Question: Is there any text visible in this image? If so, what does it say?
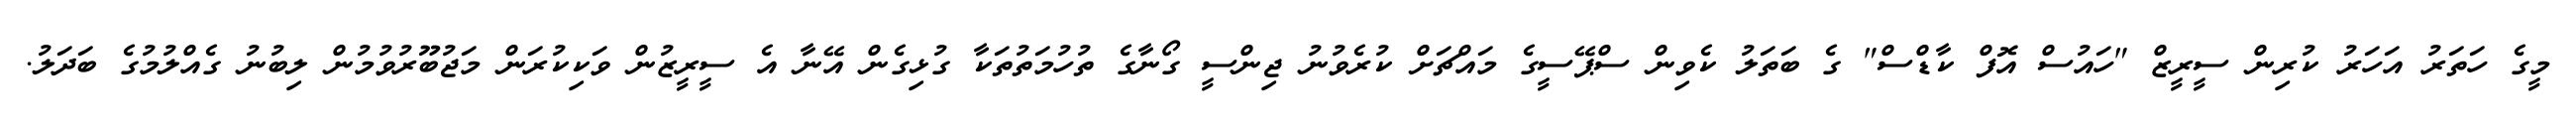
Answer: މީގެ ހަތަރު އަހަރު ކުރިން ސީރީޒް "ހައުސް އޮފް ކާޑްސް" ގެ ބަތަލު ކެވިން ސްޕޭސީގެ މައްޗަށް ކުރެވުނު ޖިންސީ ގޯނާގެ ތުހުމަތުތަކާ ގުޅިގެން އޭނާ އެ ސީރީޒުން ވަކިކުރަން މަޖުބޫރުވުމުން ލިބުނު ގެއްލުމުގެ ބަދަލު.